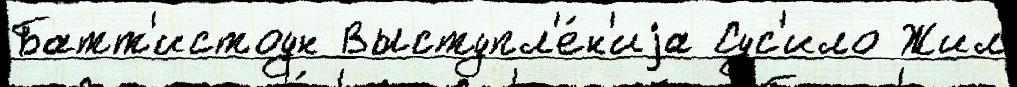
Батт'истоун Выступл'е́н'иjа Сус'ило Жил